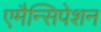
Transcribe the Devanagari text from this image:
एमैन्सिपेशन